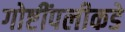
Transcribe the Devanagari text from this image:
गोष्टींपलीकडे